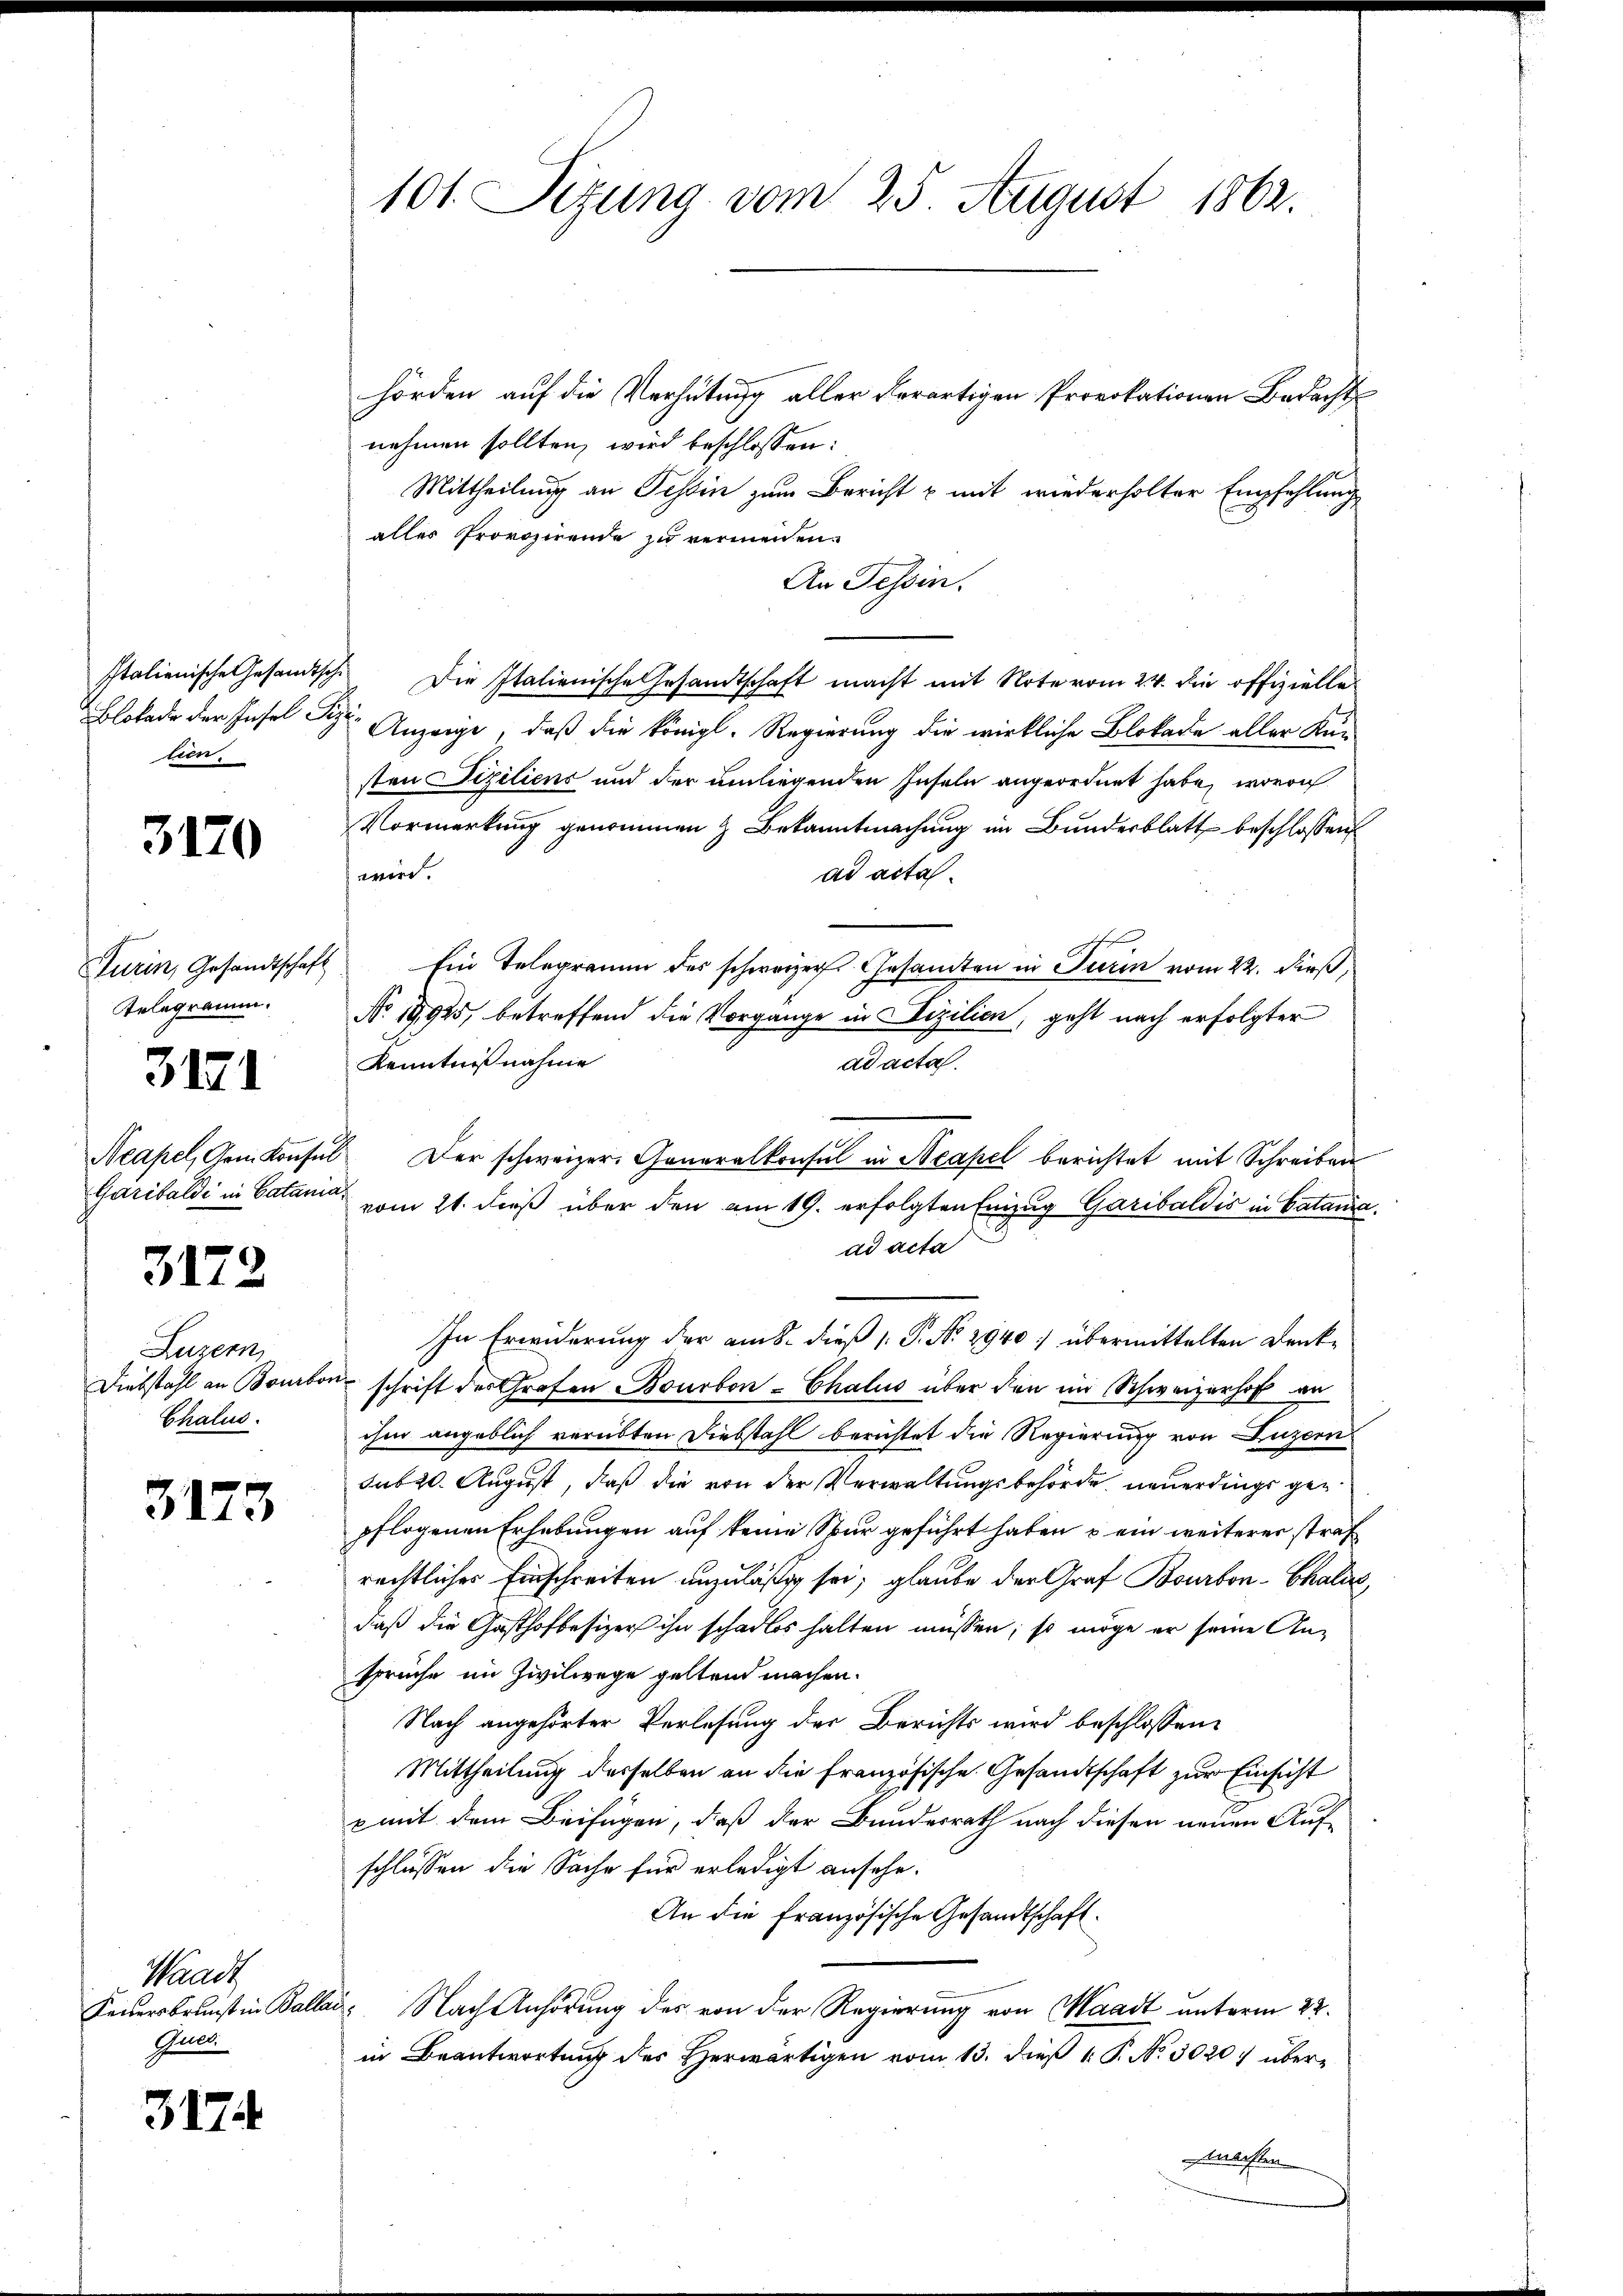
Italienische Gesandtsche
lien.

3170

Turin, Gesandtschaft
Telegramm.
Neapel, Gem. Konsin
Garibaldi in Catan

3171

3172

Luzern,
Diebstahl an Bourbor
Chalus.

3173

Waadt
Keuersbrunst in Balla
Gua

3174

101. Sizung vom 25. August 1862.

hörden auf die Verhütung aller derartigen Provokationen Bedacht
nehmen sollten, wird beschlossen:
Mittheilung an Tessin zum Bericht & mit wiederholter Empfehlung
aller Provozirende zu vermeiden.
An Tessin.
Die Italienische Gesandtschaft macht mit Note vom 24. die offizielles
Blobade der Insel der Anzeige, daß die königl. Regierung die wirkliche Blokade aller Küsten Siziliens und der umliegenden Inseln angeordnet habe, wovon
Vormerkung genommen & Bekanntmachung im Bundesblatt beschlossen
wird.
ad acta.
Ein Telegramm des schweizer Gesamten in Turin vom 22. dieß,
No. 19925, betreffend die Vorgange in izilien, geht nach erfolgter
Kenntnißnahme
ad acta.
 Der schweizer. Generalkonsul in Neapel berichtet mit Schreiben
vom 21. dieß über den am 19. erfolgten Einzug Garibaldis in Catania.
ad acta
In Erwiderung der am 8. dieß P. No 2940) übermittelten Denk¬
 schrift des Grafen Bourbon-Chalus über den im Schweizerhof an
ihm angeblich verübten Diebstahl berichtet die Regierung von Luzern
sub 20. August, daß die von der Verwaltungsbehörde neuerdings gepflogenen Erhebungen auf keine Spur geführt haben u ein weiterer straf
rechtliches Einschreiten unzuläßig sei; glaube der Graf Bourbon-Chalers,
daß die Gasthofbesizer ihn schadlos halten müssen; so möge er seine Ansprüche im Zivilwege geltend machen.
Nach angehörter Verlesung der Berichts wird beschlossen:
Mittheilung desselben an die französische Gesandtschaft zur Einsicht
p mit dem Beifügen, daß der Bundesrath nach diesen neuen Aufschlüssen die Sache für erledigt ansehe.
An die Französische Gesandtschaft.
s
Nach Anhörung des von der Regierung von Waadt unterm 22.
in Beantwortung des Herwärtigen vom 13. dieß P. No. 3020 übermachten